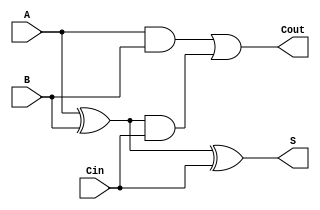
module behavTest( A, B, Cin, S, Cout);

 input wire A, B, Cin;
 output reg S, Cout;

 always @(A or B or Cin)
  begin 
   S = A ^ B ^ Cin; 
   Cout = A&B | (A^B) & Cin; 
  end
  
endmodule